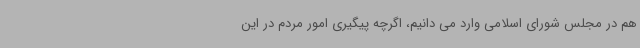
هم در مجلس شورای اسلامی وارد می دانیم، اگرچه پیگیری امور مردم در این